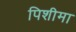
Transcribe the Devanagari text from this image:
पिशीमा